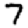
Digit: 7